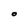
Character: O